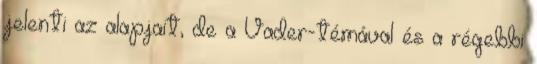
jelenti az alapjait, de a Vader-témával és a régebbi